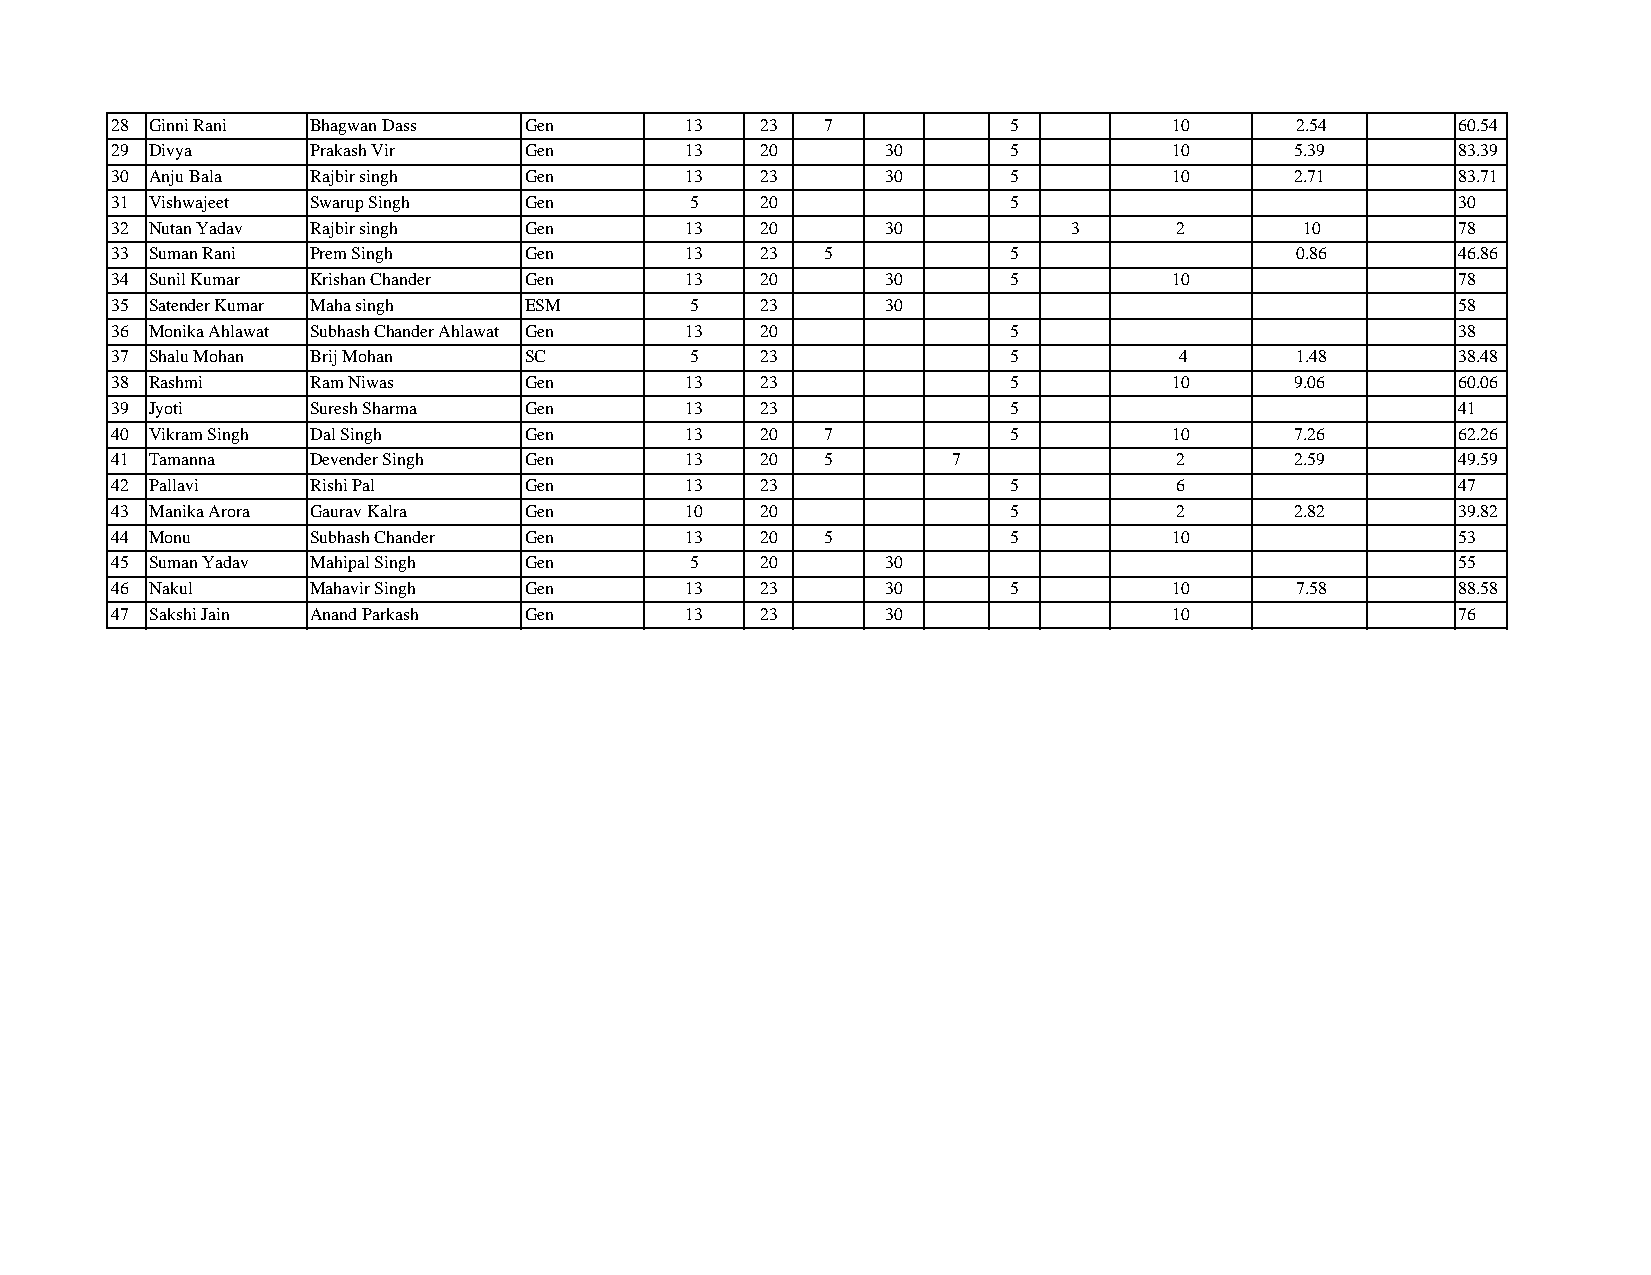
28 Ginni Rani Bhagwan Dass  Gen       13   23   7           5          10      2.54      60.54
 29 Divya      Prakash Vir   Gen       13   20       30      5          10      5.39      83.39
 30 Anju Bala  Rajbir singh  Gen       13   23       30      5          10      2.71      83.71
 31 Vishwajeet Swarup Singh  Gen        5   20               5                            30
 32 Nutan Yadav Rajbir singh Gen       13   20       30          3      2       10        78
 33 Suman Rani Prem Singh    Gen       13   23   5           5                  0.86      46.86
 34 Sunil Kumar Krishan Chander Gen    13   20       30      5          10                78
 35 Satender Kumar Maha singh ESM       5   23       30                                   58
 36 Monika Ahlawat Subhash Chander Ahlawat Gen 13 20         5                            38
 37 Shalu Mohan Brij Mohan   SC         5   23               5          4       1.48      38.48
 38 Rashmi     Ram Niwas     Gen       13   23               5          10      9.06      60.06
 39 Jyoti      Suresh Sharma Gen       13   23               5                            41
 40 Vikram Singh Dal Singh   Gen       13   20   7           5          10      7.26      62.26
 41 Tamanna    Devender Singh Gen      13   20   5       7              2       2.59      49.59
 42 Pallavi    Rishi Pal     Gen       13   23               5          6                 47
 43 Manika Arora Gaurav Kalra Gen      10   20               5          2       2.82      39.82
 44 Monu       Subhash Chander Gen     13   20   5           5          10                53
 45 Suman Yadav Mahipal Singh Gen       5   20       30                                   55
 46 Nakul      Mahavir Singh Gen       13   23       30      5          10      7.58      88.58
 47 Sakshi Jain Anand Parkash Gen      13   23       30                 10                76